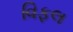
વિફલ